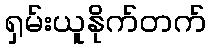
ရှမ်းယူနိုက်တက်